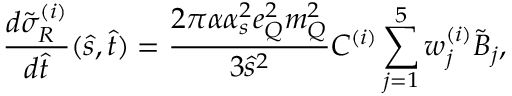
\frac { d \tilde { \sigma } _ { R } ^ { ( i ) } } { d \hat { t } } ( \hat { s } , \hat { t } ) = \frac { 2 \pi \alpha \alpha _ { s } ^ { 2 } e _ { Q } ^ { 2 } m _ { Q } ^ { 2 } } { 3 \hat { s } ^ { 2 } } { \cal C } ^ { ( i ) } \sum _ { j = 1 } ^ { 5 } w _ { j } ^ { ( i ) } \tilde { { \cal B } } _ { j } ,